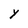
Character: Y